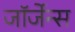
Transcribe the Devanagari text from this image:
जॉर्जेन्स